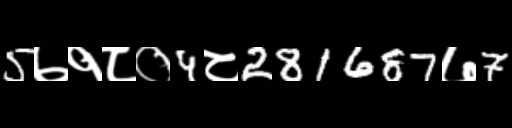
Text: 5७१८०4८281687७7